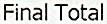
FINAL TOTAL